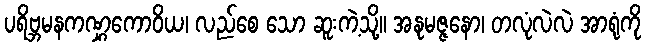
ပရိဗ္ဘမနကဏ္ဋကောဝိယ၊ လည်စေ သော ဆူးကဲ့သို့။ အနုမဇ္ဇနော၊ တလုံလဲလဲ အာရုံကို